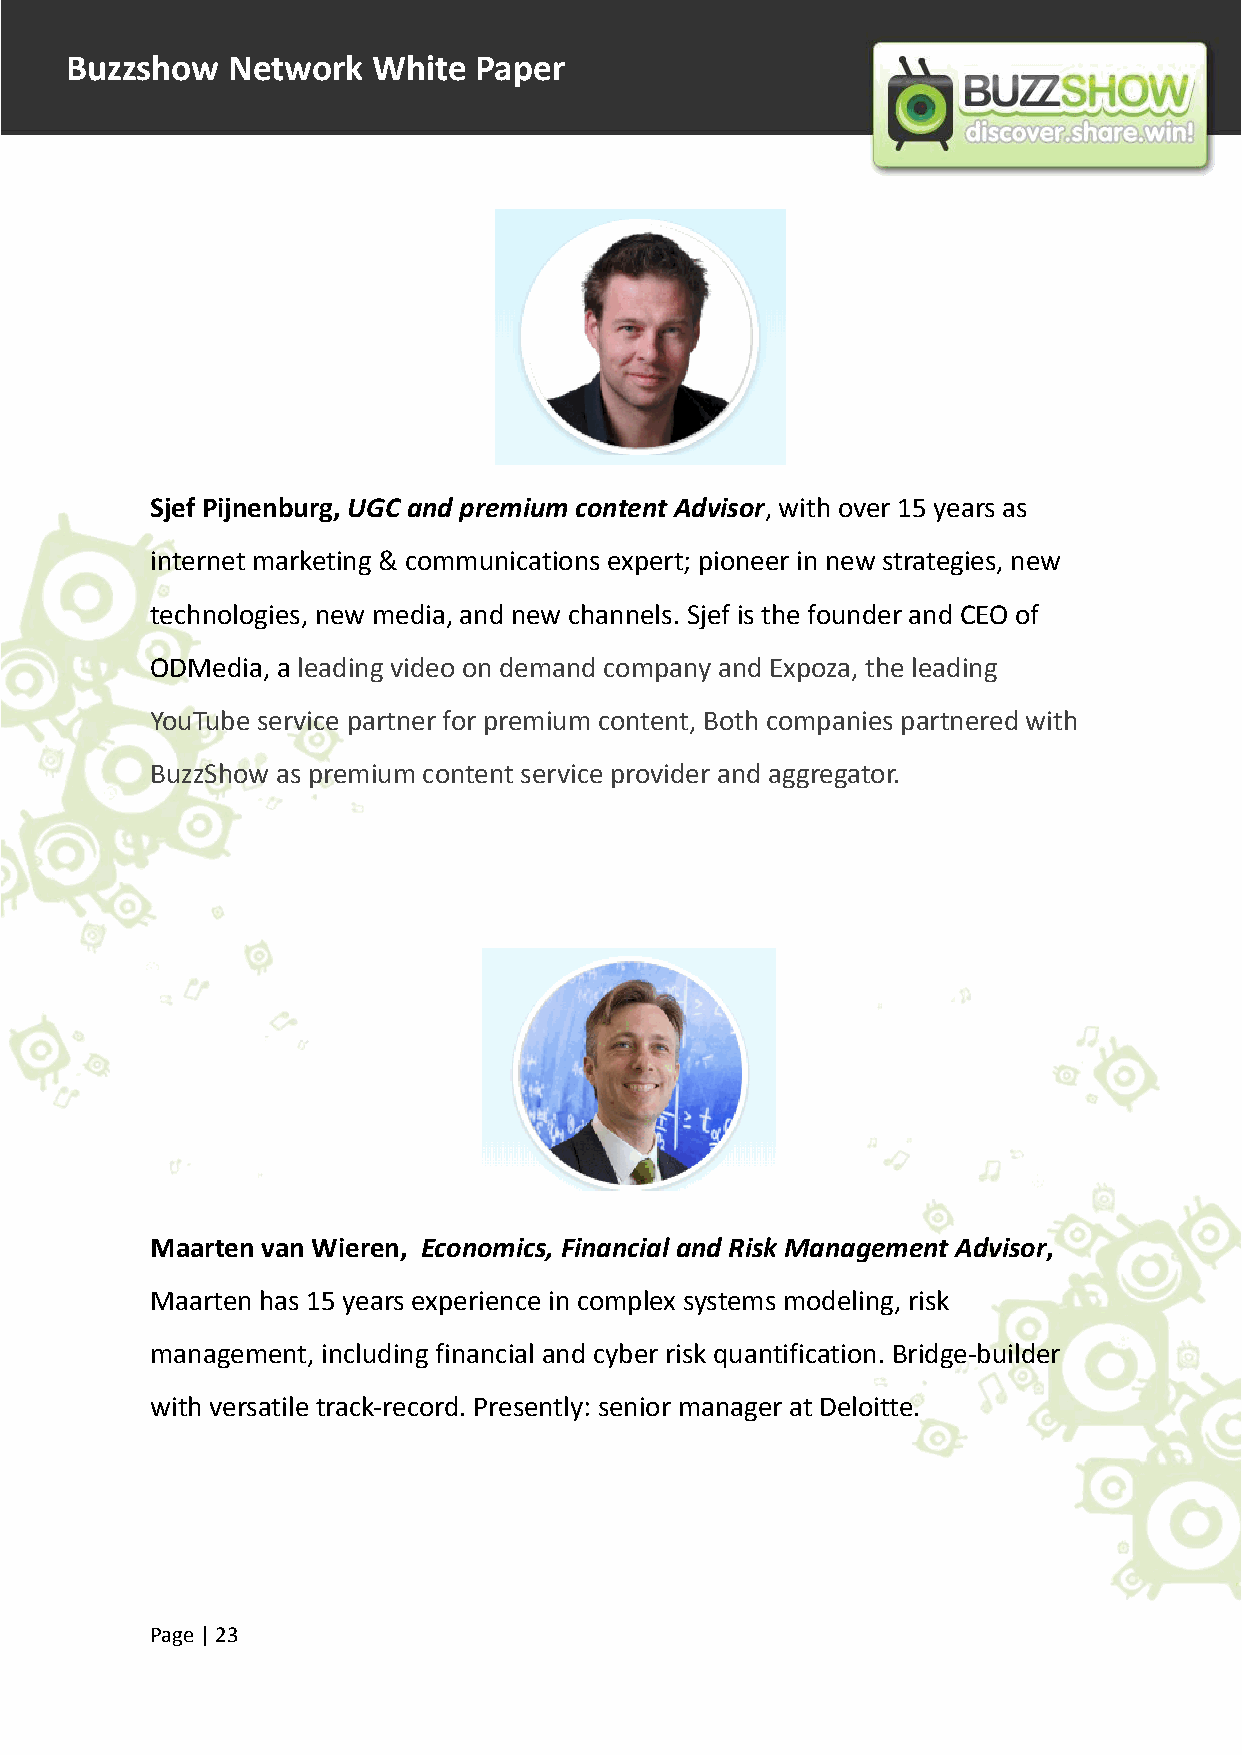
Buzzshow   Network   White Paper
 Sjef Pijnenburg, UGC and premium content Advisor, with over 15 years as
 internet marketing & communications expert; pioneer in new strategies, new
 technologies, new media, and new channels. Sjef is the founder and CEO of
 ODMedia, a leading video on demand company and Expoza, the leading
 YouTube service partner for premium content, Both companies partnered with
 BuzzShow as premium content service provider and aggregator.
 Maarten van Wieren, Economics, Financial and Risk Management Advisor,
 Maarten has 15 years experience in complex systems modeling, risk
 management, including financial and cyber risk quantification. Bridge-builder
 with versatile track-record. Presently: senior manager at Deloitte.
 Page |23